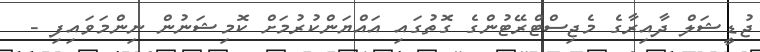
ޖުޑީޝަލް ދާއިރާގެ މެޖިސްޓްރޭޓުންގެ ގޮތުގައި އައްޔަންކުރުމަށް ކޮމިޝަނުން ނިންމަވައިފި -